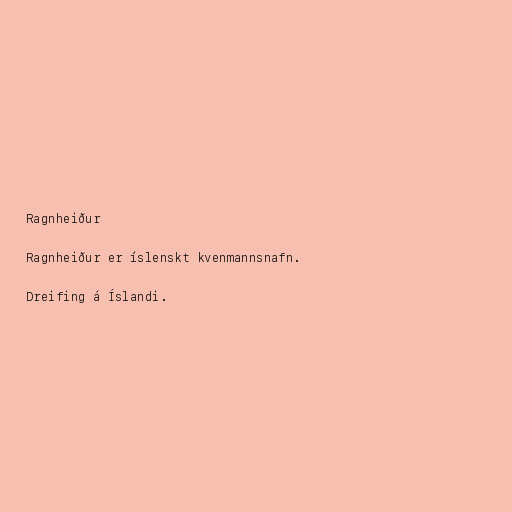
Ragnheiður

Ragnheiður er íslenskt kvenmannsnafn.

Dreifing á Íslandi.